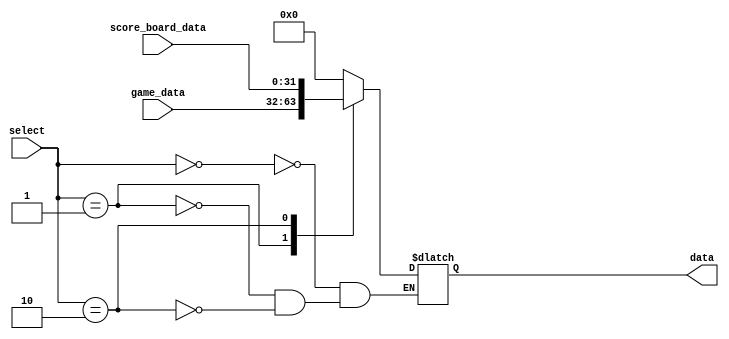
//sikender

module DisplayScoreMux(
	input [1:0]  select, 
	input [31:0] game_data, 
	input [31:0] score_board_data,
	output reg [31:0] data); 
	
	always@(select) begin
		case(select)
			0: begin
				data = 0; 
			end
			1: begin
				data = game_data; 
			end
			2: begin
				data = score_board_data; 
			end
		endcase
	end
endmodule